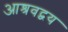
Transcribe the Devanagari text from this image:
आश्रवद्वय